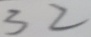
3 2